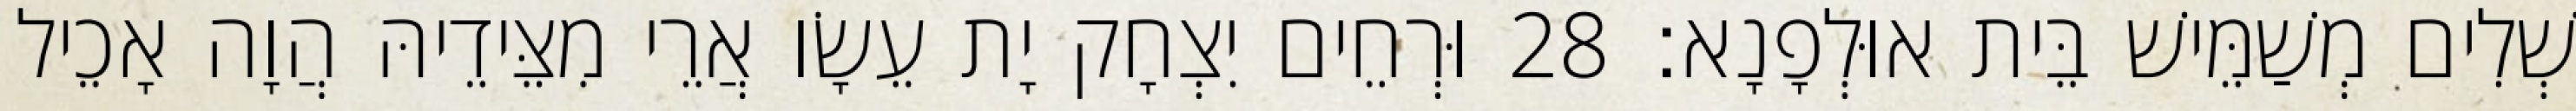
שְׁלִים מְשַׁמֵּישׁ בֵּית אוּלְפָנָא׃ 28 וּרְחֵים יִצְחָק יָת עֵשָׂו אֲרֵי מִצֵּידֵיהּ הֲוָה אָכֵיל